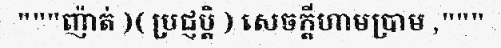
"""ញ៉ាត់ )( ប្រជ្ញប្តិ ) សេចក្តីហាមប្រាម ,"""